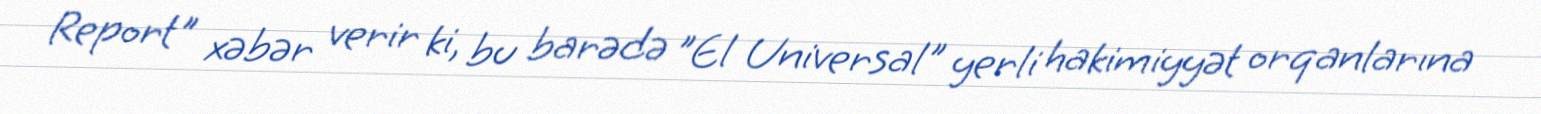
Report" xəbər verir ki, bu barədə "El Universal" yerli hakimiyyət orqanlarına